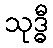
သုဒ္ဓီ